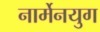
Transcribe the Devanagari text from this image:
नार्मेनयुग